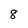
Character: 8